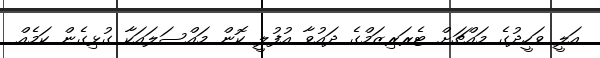
އަލީ ވަހީދުގެ މައްޗަށް ޓެރަރިޒަމްގެ ދައުވާ އުފުލީ ކޮން މައްސަލައަކާ ގުޅިގެން ކަމެއް